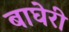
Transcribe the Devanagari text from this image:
बाघेरी